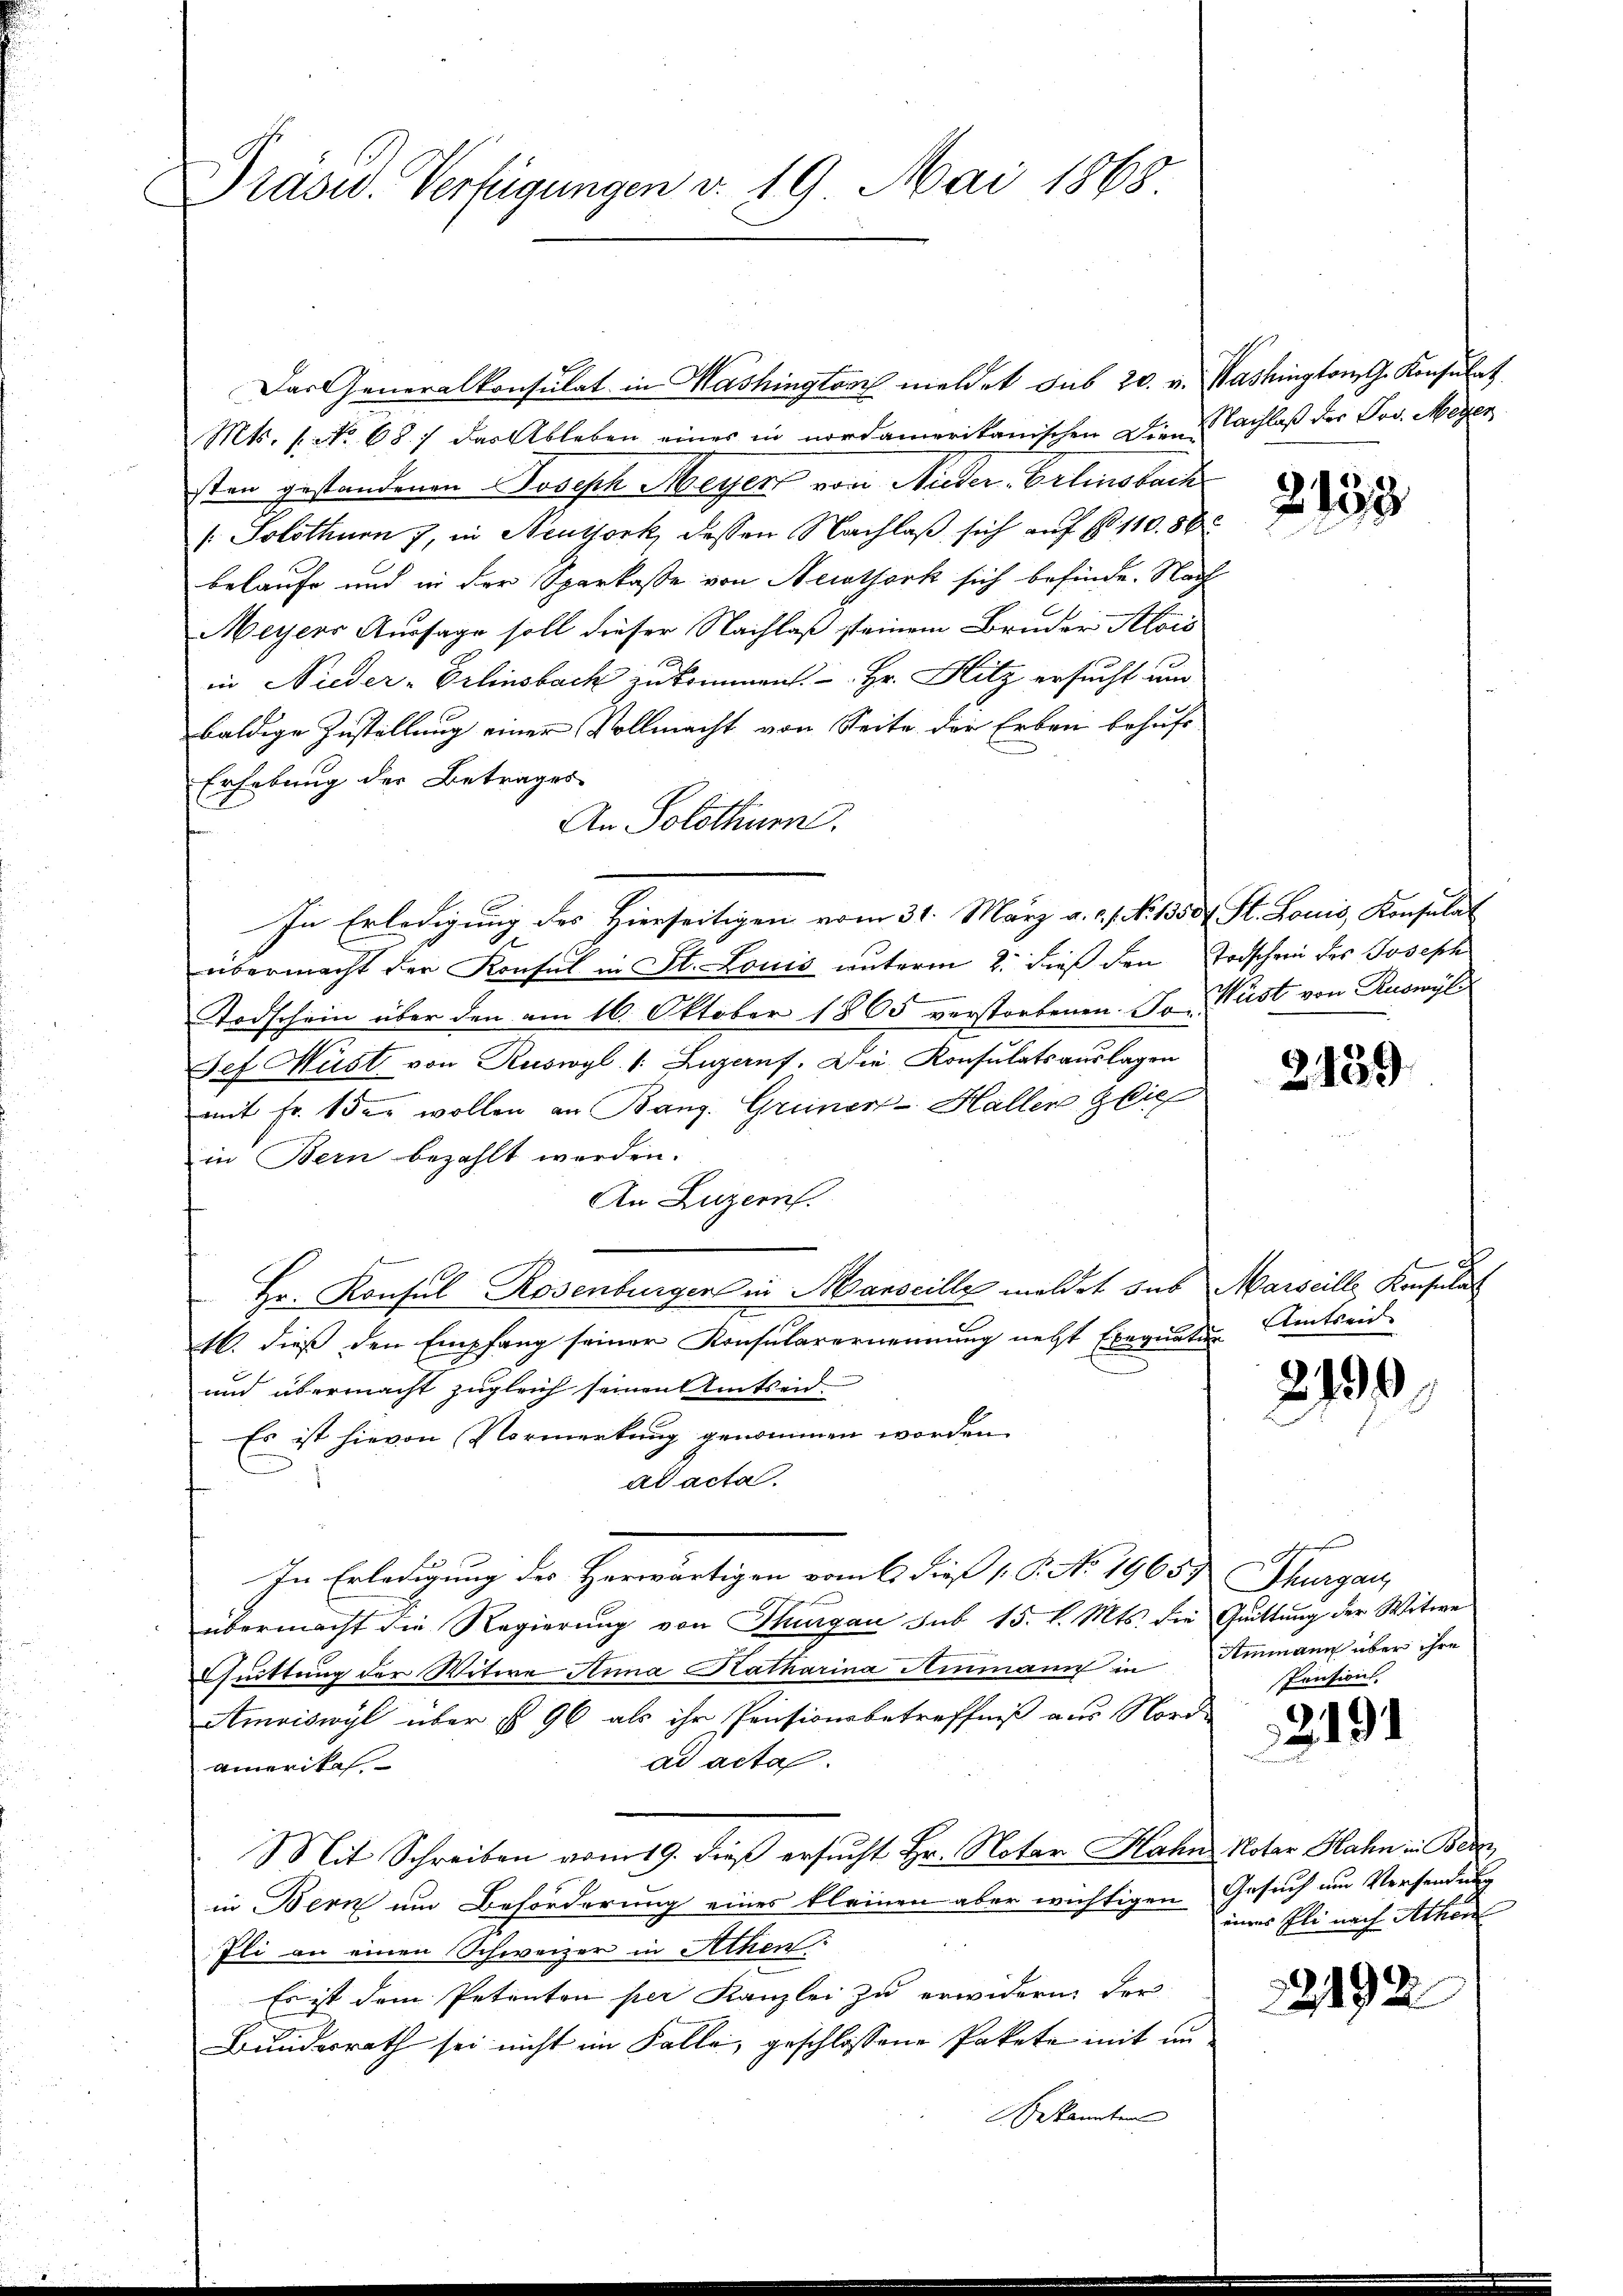
Dräsw. Verfügungen d. 19. Mai 1868

Das Generalkonsulat in Washington meldet sub 20. v. Washington G. Konsulat
Mts. 1. No 687 das Ableben eines in nordamerikanischen Dien Nachlaß der Jos. Meyer
sten gestandenen Joseph Meyer von Nieder-Erlinsbach
: Solothurn 7, in Neuork dessen Nachlaβ sich auf § 11086
belaufe und in der Sparkasse von Newtork sich befinde. Nach
Meyers Aussage soll dieser Nachlaß steinem Bruder Alois
in Nieder-Erlinsbach zu kommen. - . Hr. Hitz ersucht um
baldige Zustellung einer Vollmacht von Seite der Erben behufe¬
Erhebung der Betrages
An Solothur.

übermacht der Konsul in St. Louis unterm 2. dieß den Todschein des Joseph
Todschein über den am 16. Oktober 1863 verstorbenen. So Wüst von Ruswyl
Sef. Hust von Ruswyl /: Luzernf. Die Konsulatsauslagen
mit Fr. 1 der wollen an Bang. Grüner-Haller Glie
in Bern bezahlt werden.
An Luzern.
Hr. Konsul Rosenburger in Marseille meldet sus Marseille Konsulat
7
10. dieß den Empfang seiner Konsularernennung nebst Exequatur Amtseid
und übermacht zugleich seinen Amtseid
Es ist hievon Vormerkung genommen worden.
ad acta
In Erledigung der Herwärtigen vom 6. dieß 18. No. 1965) Thurgau,
übermacht die Regierung von Thurgau sub 15. l. Mts. die Guittung der Witwe
Quittung der Witwe Anna Katharina Ammann in Ammann über ihre
Amviswyl über § 96 als ihr Pensionsbetreffniß aus Nord-
ad acta.
amerika
Mit Schreiben vom 19. dieß ersucht Hr. Notar Hahn Notar Hahn in Ber
in Bern um Beforderung eines kleinen aber wichtigen Gesuch um Versendung
Ili an einen Schweizer in Athen
Es ist dem Petenten per Kanzlei zu erwidern der
Bundesrath sei nicht im Falle geschlossene Pakete mit im
Gekannten

In Erledigung des Hierseitigen vom 31. März a. c. s. No 1350f St. Louis, Konsulat

2133

2139

d

219

n
Pension.

2491

eines Ili nach Athen

22192